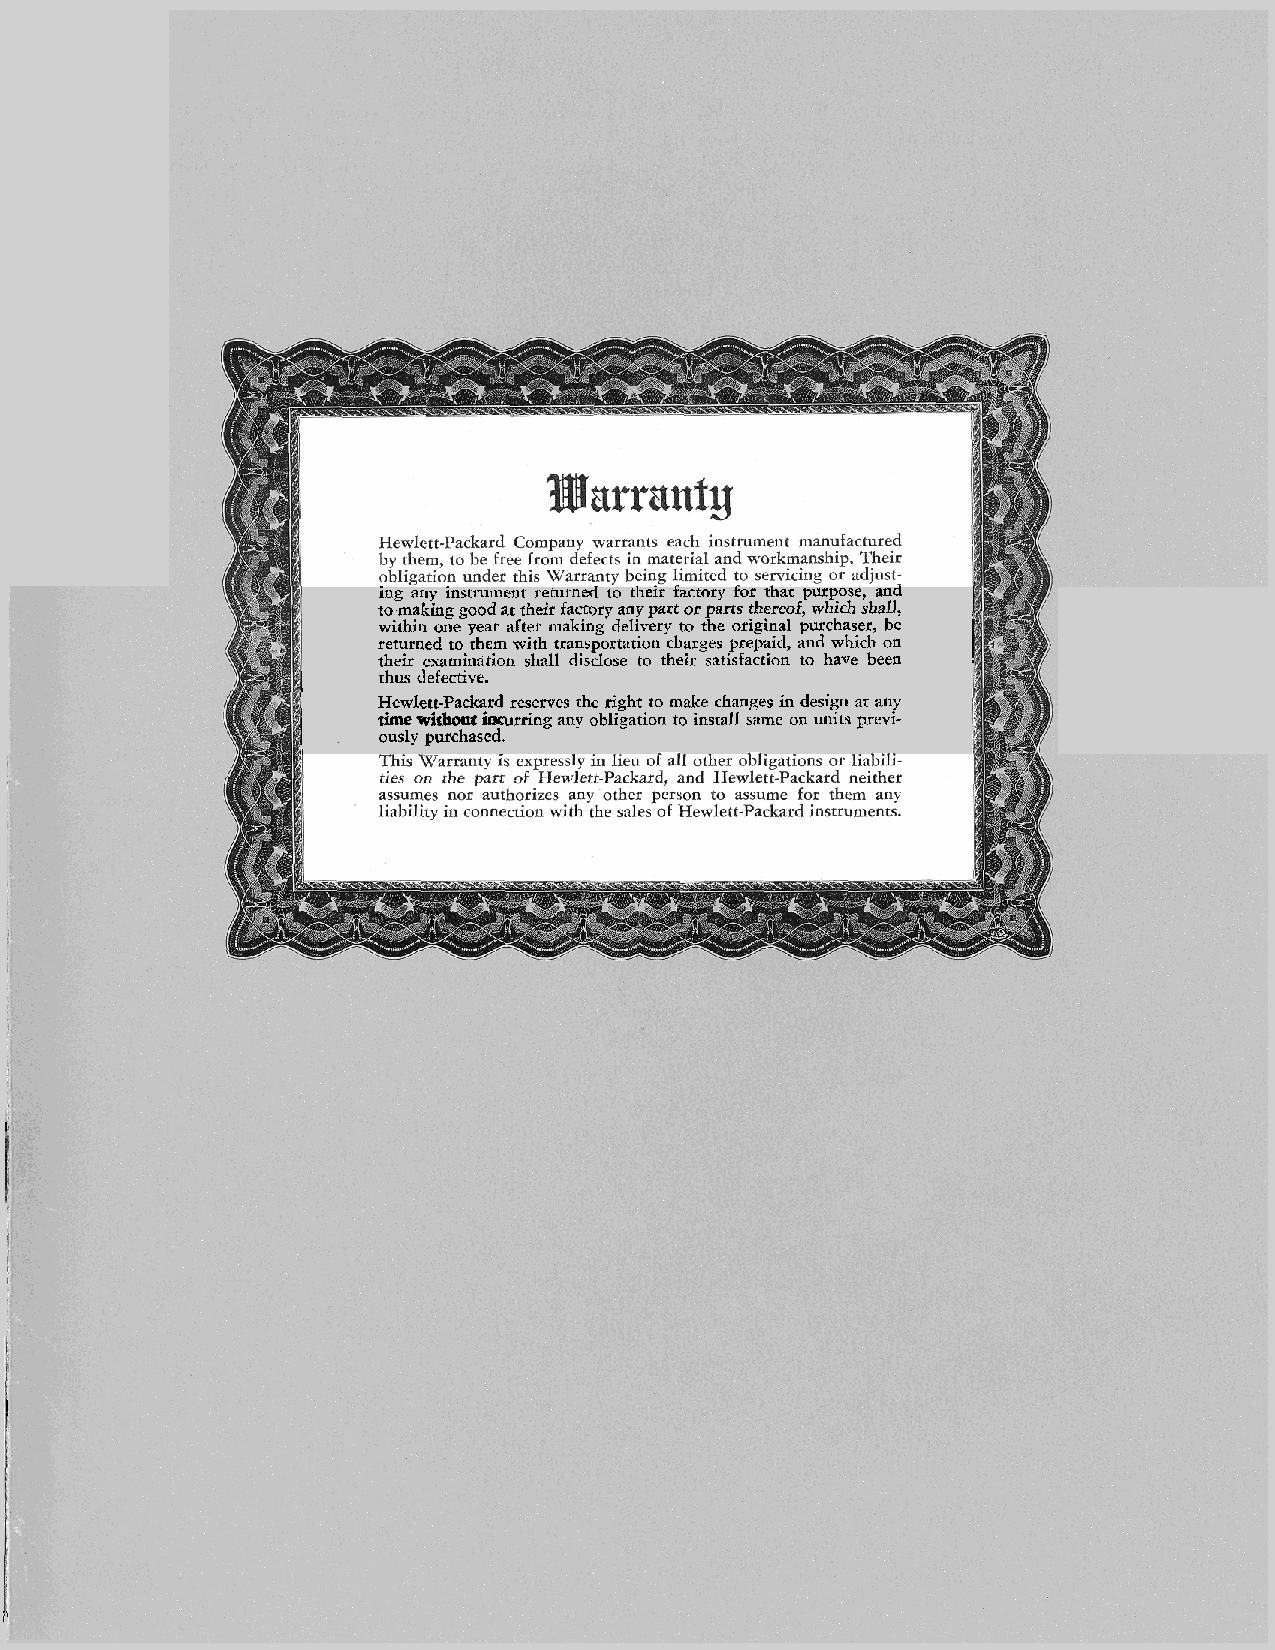
,    ing any instrument returned to their tactory tor that purpose, and !
 to making good at their facrory any part or parts thereof, which shall,
 within one year after making delivery to the original purchaser, be !
 returned to them with transportation charger prepaid, and which on
 their examination shall disclose to their satisfaction to have been
 ,I   thus defective.
 Hewlett-Packard reserves the right to make changes in design at any
 time without incurring any obligation to install same on units previ-
 ously purchased.
 !
 (i